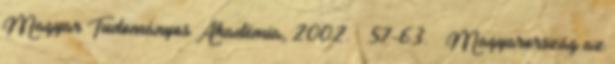
Magyar Tudományos Akadémia, 2002. – 57-63. – Magyarország az